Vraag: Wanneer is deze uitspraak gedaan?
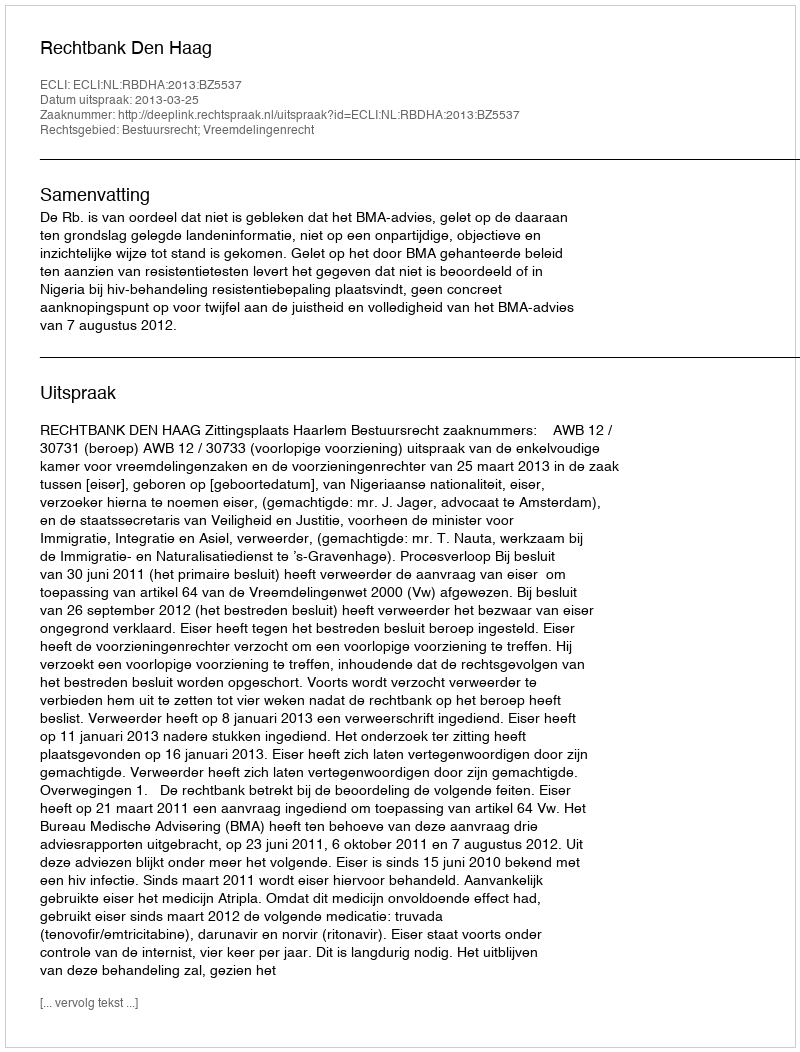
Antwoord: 2013-03-25